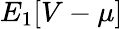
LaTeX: {E_{1}[V-\mu]}